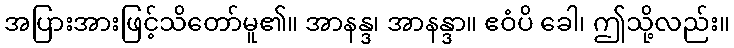
အပြားအားဖြင့်သိတော်မူ၏။ အာနန္ဒ၊ အာနန္ဒာ။ ဧဝံပိ ခေါ၊ ဤသို့လည်း။